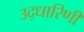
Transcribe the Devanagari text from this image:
उद्धारिणी